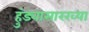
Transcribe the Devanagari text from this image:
हुंड्यासारख्या